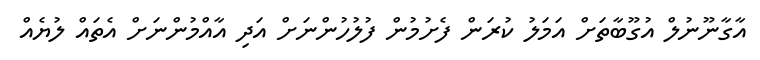
އާގާނޫނުލް އުގޫބާތަށް އަމަލު ކުރަން ފެށުމުން ފުލުހުންނަށް އަދި އާއްމުންނަށް އެތައް ލުޔެއް